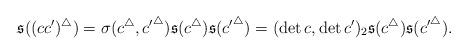
LaTeX: \begin{align*}\mathfrak{s}((cc')^{\triangle})=\sigma(c^{\triangle},{c'}^{\triangle})\mathfrak{s}(c^{\triangle})\mathfrak{s}({c'}^{\triangle})=(\det c,\det c')_2\mathfrak{s}(c^{\triangle})\mathfrak{s}({c'}^{\triangle}).\end{align*}